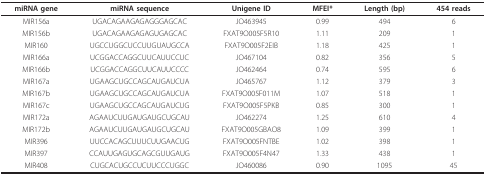
<table><thead><tr><td><b>miRNA gene</b></td><td><b>miRNA sequence</b></td><td><b>Unigene ID</b></td><td><b>MFEI*</b></td><td><b>Length (bp)</b></td><td><b>454 reads</b></td></tr></thead><tbody><tr><td>MIR156a</td><td>UGACAGAAGAGAGGGAGCAC</td><td>JO463945</td><td>0.99</td><td>494</td><td>6</td></tr><tr><td>MIR156b</td><td>UGACAGAAGAGAGUGAGCAC</td><td>FXAT9O005F5R10</td><td>1.11</td><td>209</td><td>1</td></tr><tr><td>MIR160</td><td>UGCCUGGCUCCUUGUAUGCCA</td><td>FXAT9O005F2EIB</td><td>1.18</td><td>425</td><td>1</td></tr><tr><td>MIR166a</td><td>UCGGACCAGGCUUCAUUCCUC</td><td>JO467104</td><td>0.82</td><td>356</td><td>5</td></tr><tr><td>MIR166b</td><td>UCGGACCAGGCUUCAUUCCCC</td><td>JO462464</td><td>0.74</td><td>595</td><td>6</td></tr><tr><td>MIR167a</td><td>UGAAGCUGCCAGCAUGAUCUA</td><td>JO465767</td><td>1.12</td><td>379</td><td>3</td></tr><tr><td>MIR167b</td><td>UGAAGCUGCCAGCAUGAUCUA</td><td>FXAT9O005F011M</td><td>1.07</td><td>518</td><td>1</td></tr><tr><td>MIR167c</td><td>UGAAGCUGCCAGCAUGAUCUG</td><td>FXAT9O005F5PKB</td><td>0.85</td><td>300</td><td>1</td></tr><tr><td>MIR172a</td><td>AGAAUCUUGAUGAUGCUGCAU</td><td>JO462274</td><td>1.25</td><td>610</td><td>4</td></tr><tr><td>MIR172b</td><td>AGAAUCUUGAUGAUGCUGCAU</td><td>FXAT9O005GBAO8</td><td>1.09</td><td>399</td><td>1</td></tr><tr><td>MIR396</td><td>UUCCACAGCUUUCUUGAACUG</td><td>FXAT9O005FNTBE</td><td>1.02</td><td>398</td><td>1</td></tr><tr><td>MIR397</td><td>CCAUUGAGUGCAGCGUUGAUG</td><td>FXAT9O005F4N47</td><td>1.33</td><td>438</td><td>1</td></tr><tr><td>MIR408</td><td>CUGCACUGCCUCUUCCCUGGC</td><td>JO460086</td><td>0.90</td><td>1095</td><td>45</td></tr></tbody></table>